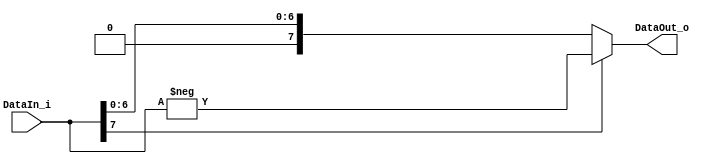
module Abs #(parameter WIDTH = 8) (
    DataIn_i, 
    DataOut_o
);

    input [WIDTH-1:0] DataIn_i;
    output [WIDTH-1:0] DataOut_o;

    assign DataOut_o = DataIn_i[WIDTH-1] ? -DataIn_i : DataIn_i;
    
endmodule